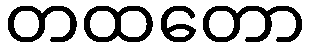
တထတော